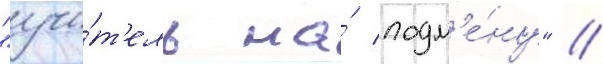
"учи́т'ель на́ подм'е́ну" //